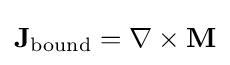
{\mathbf {J} }_{\text{bound}}=\nabla \times \mathbf {M}